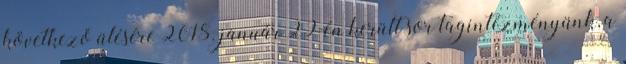
következő ülésére 2018. január 29-én került sor tagintézményünk, a